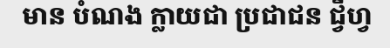
មាន បំណង ក្លាយជា ប្រជាជន ជ្វីហ្វ